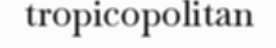
tropicopolitan